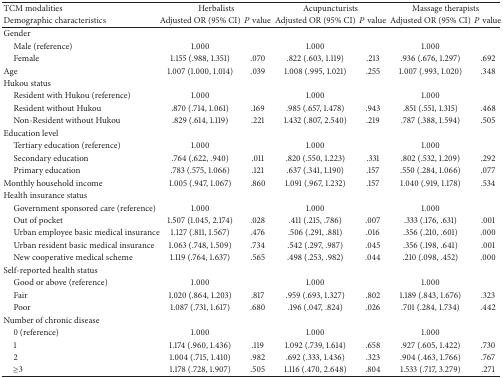
<table><thead><tr><td><b>TCM modalities</b></td><td colspan="2"><b>Herbalists</b></td><td colspan="2"><b>Acupuncturists </b></td><td colspan="2"><b>Massage therapists </b></td></tr><tr><td><b>Demographic characteristics</b></td><td><b>Adjusted OR (95% CI)</b></td><td><b><i>P</i> value</b></td><td><b>Adjusted OR (95% CI)</b></td><td><b><i>P</i> value</b></td><td><b>Adjusted OR (95% CI)</b></td><td><b><i>P</i> value</b></td></tr></thead><tbody><tr><td>Gender </td><td> </td><td> </td><td> </td><td> </td><td> </td><td> </td></tr><tr><td> Male (reference)</td><td>1.000</td><td> </td><td>1.000</td><td> </td><td>1.000</td><td> </td></tr><tr><td> Female </td><td>1.155 (.988, 1.351)</td><td>.070</td><td>.822 (.603, 1.119)</td><td>.213</td><td>.936 (.676, 1.297)</td><td>.692</td></tr><tr><td>Age </td><td>1.007 (1.000, 1.014)</td><td>.039</td><td>1.008 (.995, 1.021)</td><td>.255</td><td>1.007 (.993, 1.020)</td><td>.348</td></tr><tr><td>Hukou status</td><td> </td><td> </td><td> </td><td> </td><td> </td><td> </td></tr><tr><td> Resident with Hukou (reference)</td><td>1.000</td><td> </td><td>1.000</td><td> </td><td>1.000</td><td> </td></tr><tr><td> Resident without Hukou </td><td>.870 (.714, 1.061)</td><td>.169</td><td>.985 (.657, 1.478)</td><td>.943</td><td>.851 (.551, 1.315)</td><td>.468</td></tr><tr><td> Non-Resident without Hukou </td><td>.829 (.614, 1.119)</td><td>.221</td><td>1.432 (.807, 2.540)</td><td>.219</td><td>.787 (.388, 1.594)</td><td>.505</td></tr><tr><td>Education level </td><td> </td><td> </td><td> </td><td> </td><td> </td><td> </td></tr><tr><td> Tertiary education (reference)</td><td>1.000</td><td> </td><td>1.000</td><td> </td><td>1.000</td><td> </td></tr><tr><td> Secondary education </td><td>.764 (.622, .940)</td><td>.011</td><td>.820 (.550, 1.223)</td><td>.331</td><td>.802 (.532, 1.209)</td><td>.292</td></tr><tr><td> Primary education </td><td>.783 (.575, 1.066)</td><td>.121</td><td>.637 (.341, 1.190)</td><td>.157</td><td>.550 (.284, 1.066)</td><td>.077</td></tr><tr><td>Monthly household income</td><td>1.005 (.947, 1.067)</td><td>.860</td><td>1.091 (.967, 1.232)</td><td>.157</td><td>1.040 (.919, 1.178)</td><td>.534</td></tr><tr><td>Health insurance status</td><td> </td><td> </td><td> </td><td> </td><td> </td><td> </td></tr><tr><td> Government sponsored care (reference)</td><td>1.000</td><td> </td><td>1.000</td><td> </td><td>1.000</td><td> </td></tr><tr><td> Out of pocket </td><td>1.507 (1.045, 2.174)</td><td>.028</td><td>.411 (.215, .786)</td><td>.007</td><td>.333 (.176, .631)</td><td>.001</td></tr><tr><td> Urban employee basic medical insurance</td><td>1.127 (.811, 1.567)</td><td>.476</td><td>.506 (.291, .881)</td><td>.016</td><td>.356 (.210, .601)</td><td>.000</td></tr><tr><td> Urban resident basic medical insurance</td><td>1.063 (.748, 1.509)</td><td>.734</td><td>.542 (.297, .987)</td><td>.045</td><td>.356 (.198, .641)</td><td>.001</td></tr><tr><td> New cooperative medical scheme</td><td>1.119 (.764, 1.637)</td><td>.565</td><td>.498 (.253, .982)</td><td>.044</td><td>.210 (.098, .452)</td><td>.000</td></tr><tr><td>Self-reported health status </td><td> </td><td> </td><td> </td><td> </td><td> </td><td> </td></tr><tr><td> Good or above (reference)</td><td>1.000</td><td> </td><td>1.000</td><td> </td><td>1.000</td><td> </td></tr><tr><td> Fair </td><td>1.020 (.864, 1.203)</td><td>.817</td><td>.959 (.693, 1.327)</td><td>.802</td><td>1.189 (.843, 1.676)</td><td>.323</td></tr><tr><td> Poor </td><td>1.087 (.731, 1.617)</td><td>.680</td><td>.196 (.047, .824)</td><td>.026</td><td>.701 (.284, 1.734)</td><td>.442</td></tr><tr><td>Number of chronic disease </td><td> </td><td> </td><td> </td><td> </td><td> </td><td> </td></tr><tr><td> 0 (reference)</td><td>1.000</td><td> </td><td>1.000</td><td> </td><td>1.000</td><td> </td></tr><tr><td> 1</td><td>1.174 (.960, 1.436)</td><td>.119</td><td>1.092 (.739, 1.614)</td><td>.658</td><td>.927 (.605, 1.422)</td><td>.730</td></tr><tr><td> 2 </td><td>1.004 (.715, 1.410)</td><td>.982</td><td>.692 (.333, 1.436)</td><td>.323</td><td>.904 (.463, 1.766)</td><td>.767</td></tr><tr><td> ≥3</td><td>1.178 (.728, 1.907)</td><td>.505</td><td>1.116 (.470, 2.648)</td><td>.804</td><td>1.533 (.717, 3.279)</td><td>.271</td></tr></tbody></table>